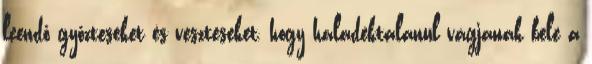
leendő győzteseket és veszteseket, hogy haladéktalanul vágjanak bele a